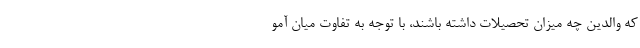
که والدین چه میزان تحصیلات داشته باشند، با توجه به تفاوت میان آمو